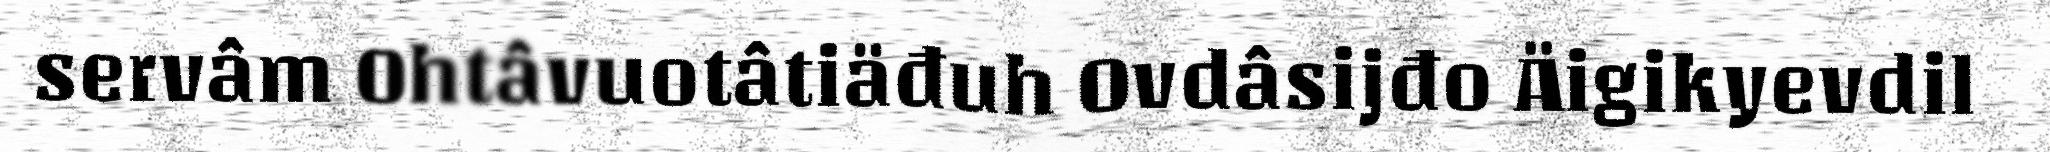
servâm Ohtâvuotâtiäđuh Ovdâsijđo Äigikyevdil